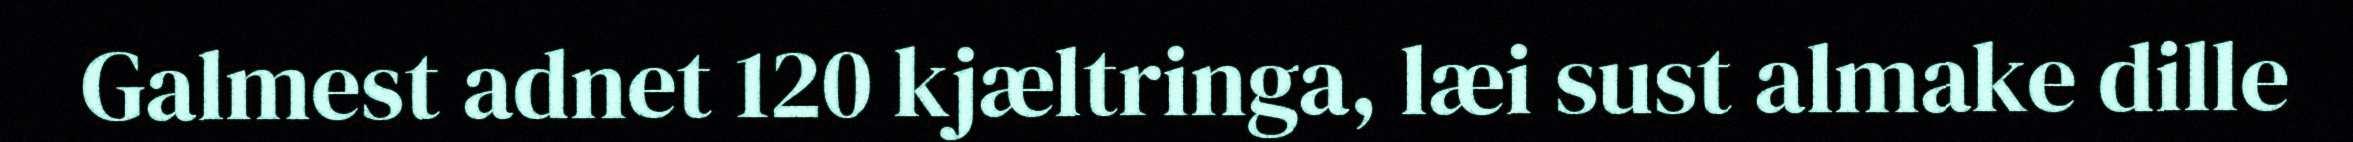
Galmest adnet 120 kjæltringa, læi sust almake dille